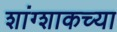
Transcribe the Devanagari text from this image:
शांग्शाकच्या